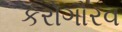
કરોગૌરવ